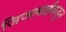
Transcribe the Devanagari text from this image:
जिजाबाईंकडून